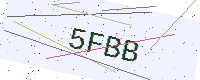
Text: 5FBB